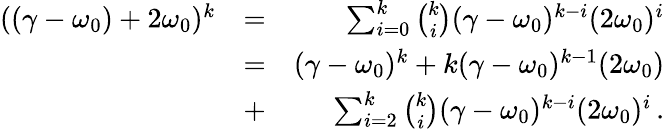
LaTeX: \begin{array}{rlr}{((\gamma-\omega_{0})+2\omega_{0})^{k}}&{=}&{\sum_{i=0}^{k}\binom{k}{i}(\gamma-\omega_{0})^{k-i}(2\omega_{0})^{i}}\\ &{=}&{(\gamma-\omega_{0})^{k}+k(\gamma-\omega_{0})^{k-1}(2\omega_{0})}\\ &{+}&{\sum_{i=2}^{k}\binom{k}{i}(\gamma-\omega_{0})^{k-i}(2\omega_{0})^{i}\, .}\end{array}